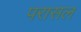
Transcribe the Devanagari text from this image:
परासल